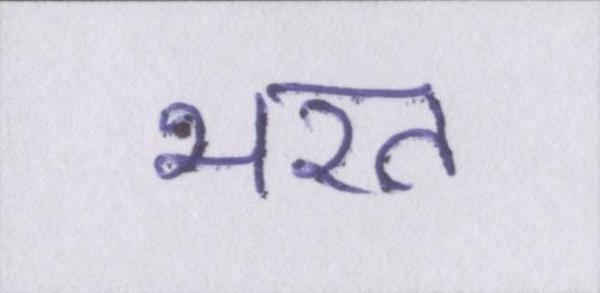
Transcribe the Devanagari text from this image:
भरत